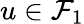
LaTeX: u\in{\mathcal{F}}_{1}